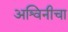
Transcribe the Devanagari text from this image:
अश्विनीचा